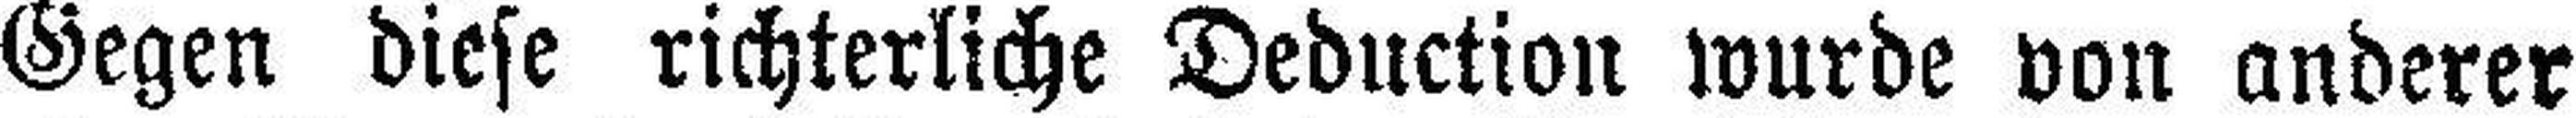
Gegen diese richterliche Deduction wurde von anderer